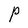
Character: P